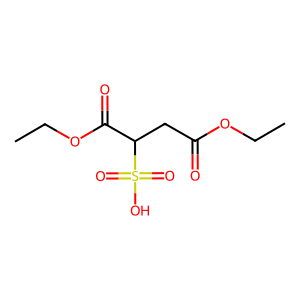
SMILES: CCOC(=O)CC(C(=O)OCC)S(=O)(=O)O
Inhibits HIV replication: No